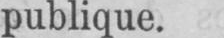
publique.